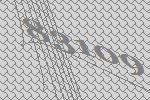
83109